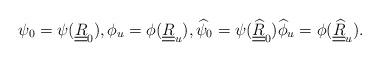
LaTeX: \begin{align*} \psi_0 = \psi(\underline{\underline R}_0), \phi_u = \phi(\underline{\underline R}_u), \widehat\psi_0 = \psi(\underline{\underline{\widehat R}}_0) \widehat\phi_u = \phi(\underline{\underline{\widehat R}}_u).\end{align*}